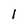
Character: 1